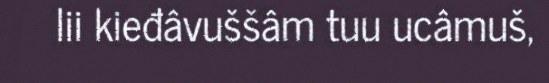
lii kieđâvuššâm tuu ucâmuš,